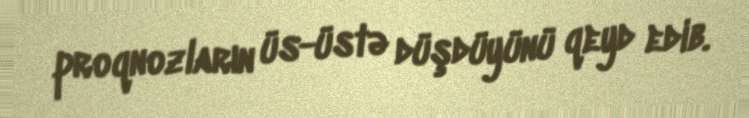
proqnozların üs-üstə düşdüyünü qeyd edib.